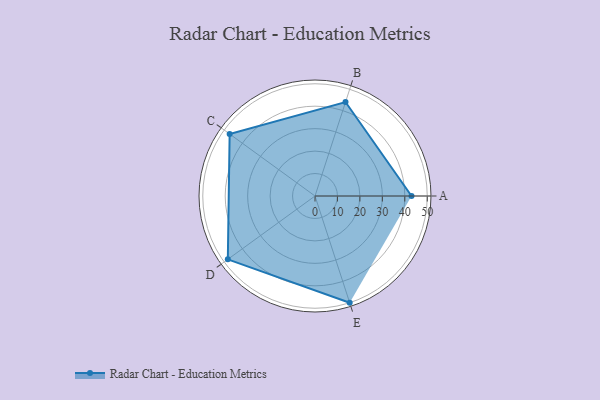
{"axis": {"x": "Skill", "y": "Score"}, "legend": ["Profile"], "data": [{"x": "A", "y": 43.0, "type": "Profile"}, {"x": "B", "y": 44.0, "type": "Profile"}, {"x": "C", "y": 47.0, "type": "Profile"}, {"x": "D", "y": 48.0, "type": "Profile"}, {"x": "E", "y": 50.0, "type": "Profile"}]}